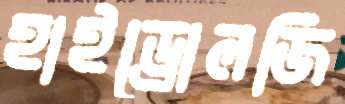
হাইড্রোলজি